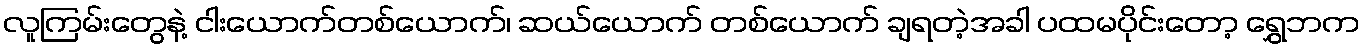
လူကြမ်းတွေနဲ့ ငါးယောက်တစ်ယောက်၊ ဆယ်ယောက် တစ်ယောက် ချရတဲ့အခါ ပထမပိုင်းတော့ ရွှေဘက